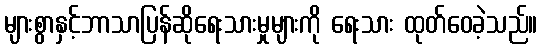
များစွာနှင့်ဘာသာပြန်ဆိုရေးသားမှုများကို ရေးသား ထုတ်ဝေခဲ့သည်။